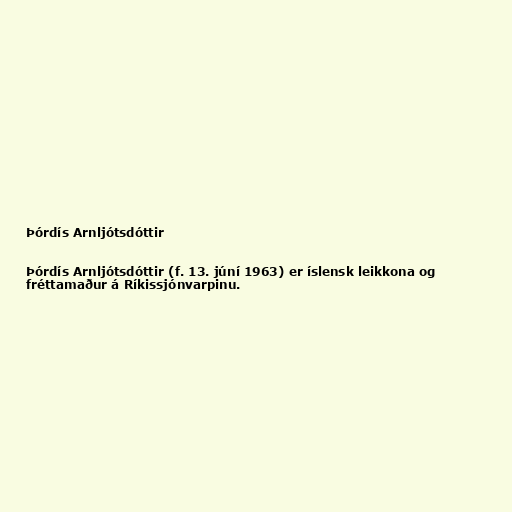
Þórdís Arnljótsdóttir

Þórdís Arnljótsdóttir (f. 13. júní 1963) er íslensk leikkona og
fréttamaður á Ríkissjónvarpinu.